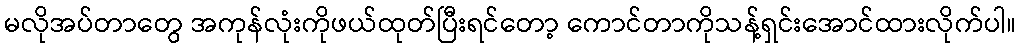
မလိုအပ်တာတွေ အကုန်လုံးကိုဖယ်ထုတ်ပြီးရင်တော့ ကောင်တာကိုသန့်ရှင်းအောင်ထားလိုက်ပါ။